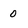
Character: 0